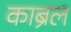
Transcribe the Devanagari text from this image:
काब्रल